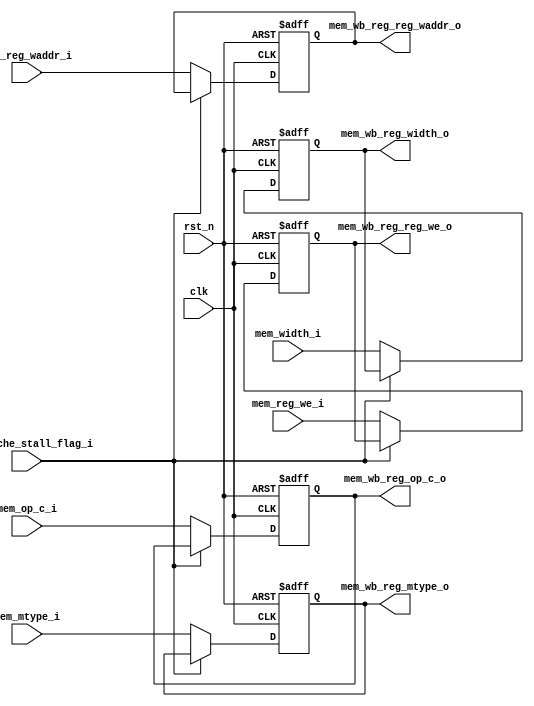
module mem_wb_reg (
    input   wire                    clk,
    input   wire                    rst_n,
    //from mem
    input   wire            [31:0]  mem_op_c_i,
    input   wire            [4:0]   mem_reg_waddr_i,
    input   wire                    mem_reg_we_i,

    input   wire                    mem_mtype_i,
    input   wire            [1:0]   mem_width_i,

    //to wb
    output  reg             [31:0]  mem_wb_reg_op_c_o,
    output  reg             [4:0]   mem_wb_reg_reg_waddr_o,
    output  reg                     mem_wb_reg_reg_we_o,

    output  reg                     mem_wb_reg_mtype_o,
    output  reg             [1:0]   mem_wb_reg_width_o,

    //from fc
    input   wire                    fc_Dcache_stall_flag_i
);

    always @(posedge clk or negedge rst_n)begin
        if(rst_n == 1'b0)begin
            mem_wb_reg_mtype_o <= 1'b0;
            mem_wb_reg_width_o <= 2'd0;
        end
        else if(fc_Dcache_stall_flag_i == 1'b1)begin
            mem_wb_reg_mtype_o <= mem_wb_reg_mtype_o;
            mem_wb_reg_width_o <= mem_wb_reg_width_o;
        end
        else begin
            mem_wb_reg_mtype_o <= mem_mtype_i;
            mem_wb_reg_width_o <= mem_width_i;
        end
    end


    always @(posedge clk or negedge rst_n)begin
        if(rst_n == 1'b0)begin
            mem_wb_reg_op_c_o <= 32'h0;
        end
        else if(fc_Dcache_stall_flag_i == 1'b1)begin
            mem_wb_reg_op_c_o <= mem_wb_reg_op_c_o;
        end
        else begin
            mem_wb_reg_op_c_o <= mem_op_c_i;
        end
    end

    always @(posedge clk or negedge rst_n)begin
        if(rst_n == 1'b0)begin
            mem_wb_reg_reg_waddr_o <= 5'h0;
        end
        else if(fc_Dcache_stall_flag_i == 1'b1)begin
            mem_wb_reg_reg_waddr_o <= mem_wb_reg_reg_waddr_o;
        end
        else begin
            mem_wb_reg_reg_waddr_o <= mem_reg_waddr_i;
        end
    end

    always @(posedge clk or negedge rst_n)begin
        if(rst_n == 1'b0)begin
            mem_wb_reg_reg_we_o <= 1'b0;
        end
        else if(fc_Dcache_stall_flag_i == 1'b1)begin
            mem_wb_reg_reg_we_o <= mem_wb_reg_reg_we_o;
        end
        else begin
            mem_wb_reg_reg_we_o <= mem_reg_we_i;
        end
    end
    


endmodule